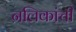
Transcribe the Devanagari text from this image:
नलिकांची